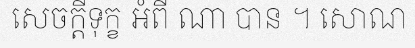
សេចក្តីទុក្ខ អំពី ណា បាន ។ សោណ